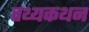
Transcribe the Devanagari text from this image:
तथ्यकथन